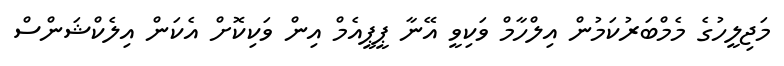
މަޖިލީހުގެ މެމްބަރުކަމުން އިލްހާމް ވަކިވީ އޭނާ ޕީޕީއެމް އިން ވަކިކޮށް އެކަން އިލެކްޝަންސް